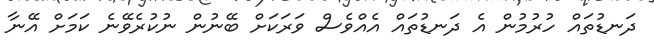
ދަނޑުތައް ހުރުމުން އެ ދަނޑުތައް އެއްވެސް ވަރަކަށް ބޭނުން ނުކުރެވޭނެ ކަމަށް އޭނާ